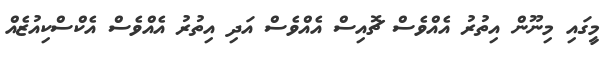
މީގައި މިނޫން އިތުރު އެއްވެސް ޗޮއިސް އެއްވެސް އަދި އިތުރު އެއްވެސް އެކްސްކިއުޒެއް